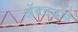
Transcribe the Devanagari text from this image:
अॅक्टद्वारे